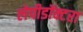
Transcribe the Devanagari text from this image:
लेपीडॉक्टरा